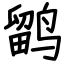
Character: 鹠